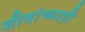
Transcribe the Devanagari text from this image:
जीवांच्याही